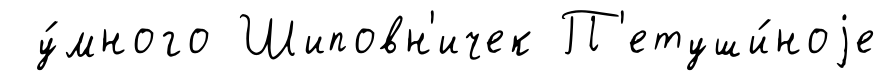
у́много Шиповн'ичек П'етуши́ноjе